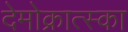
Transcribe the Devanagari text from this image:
देमोक्रात्स्का